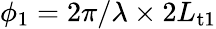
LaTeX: \phi_{1}=2\pi/\lambda\times 2L_{\mathrm{t1}}